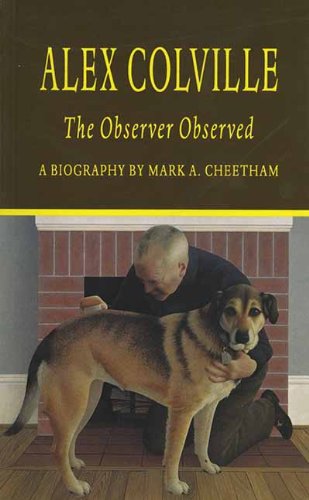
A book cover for Alex Colville: The Observer Observed; Mark A Cheetham; Biographies & Memoirs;